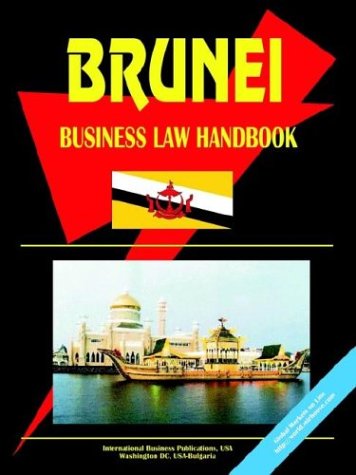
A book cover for Brunei Business Law Handbook; Ibp Usa; Travel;